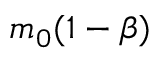
m _ { 0 } ( 1 - \beta )